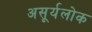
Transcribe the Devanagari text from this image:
असूर्यलोक